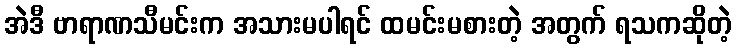
အဲဒီ ဗာရာဏသီမင်းက အသားမပါရင် ထမင်းမစားတဲ့ အတွက် ရသကဆိုတဲ့